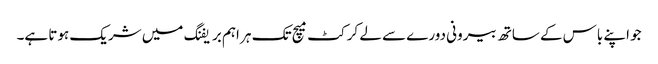
جو اپنے باس کے ساتھ بیرونی دورے سے لے کرکٹ میچ تک ہر اہم بریفنگ میں شریک ہوتا ہے۔